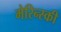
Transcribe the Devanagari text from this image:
मेरिन्स्की